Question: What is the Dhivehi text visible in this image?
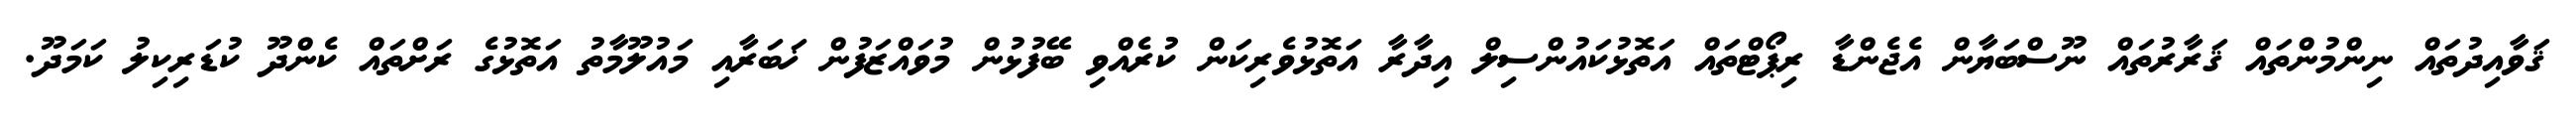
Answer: ޤަވާއިދުތައް ނިންމުންތައް ޤަރާރުތައް ނޫސްބަޔާން އެޖެންޑާ ރިޕޯޓްތައް އަތޮޅުކައުންސިލް އިދާރާ އަތޮޅުވެރިކަން ކުރެއްވި ބޭފުޅުން މުވައްޒަފުން ޚަބަރާއި މައުލޫމާތު އަތޮޅުގެ ރަށްތައް ކެންދޫ ކުޑަރިކިލު ކަމަދޫ.